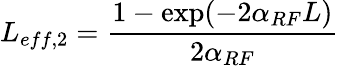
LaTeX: L_{eff,2}=\frac{1-\exp(-2\alpha_{RF}L)}{2\alpha_{RF}}